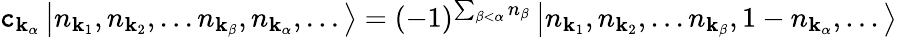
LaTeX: \mathtt{c}_{\mathbf{{k}}_{\alpha}}\left|n_{\mathbf{{k}}_{1}},n_{\mathbf{{k}}_{2}},...n_{\mathbf{{k}}_{\beta}},n_{\mathbf{{k}}_{\alpha}},...\right\rangle=(-1)^{\sum_{\beta<\alpha}n_{\beta}}\left|n_{\mathbf{{k}}_{1}},n_{\mathbf{{k}}_{2}},...n_{\mathbf{{k}}_{\beta}},1-n_{\mathbf{{k}}_{\alpha}},...\right\rangle